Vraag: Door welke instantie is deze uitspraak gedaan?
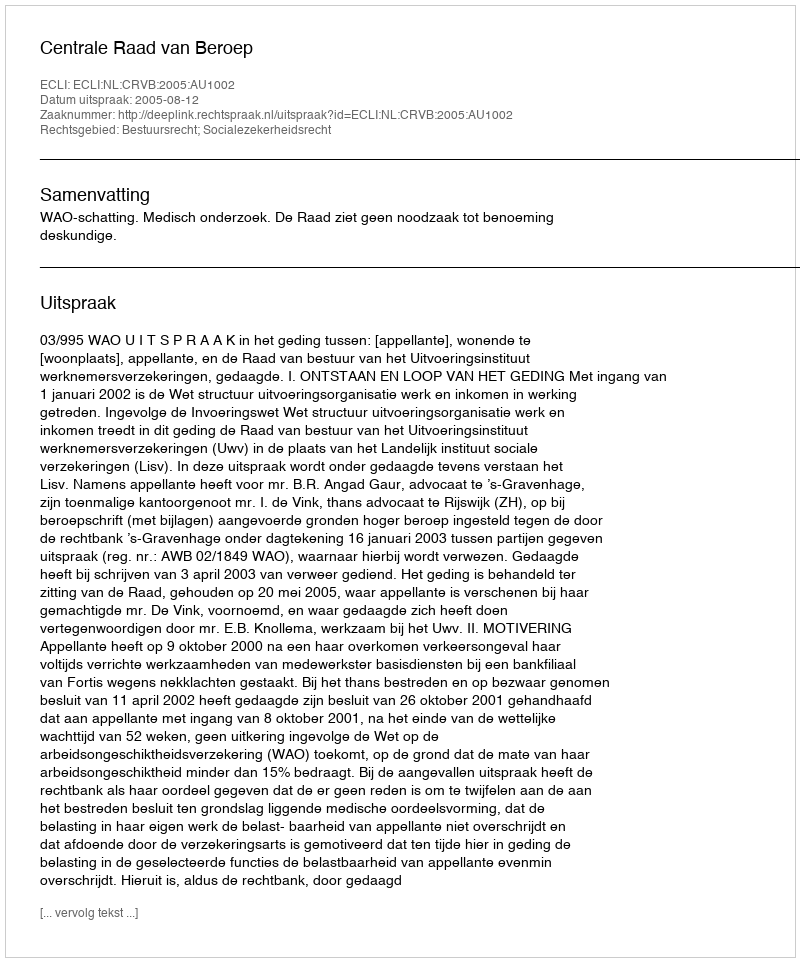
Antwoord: Centrale Raad van Beroep